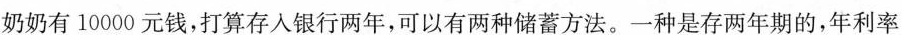
奶奶有10000元钱，打算存入银行两年，可以有两种储蓄方法。一种是存两年期的，年利率是